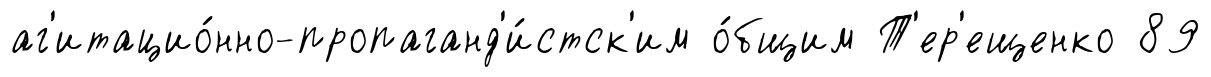
аг'итацио́нно-пропаганд'и́стск'им о́бщим Т'ер'ещенко 89